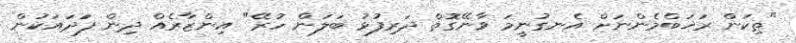
"ތިކަން ރަޚަބްމެންނަށް އެނގުނީމަ ވާނޭގޮތް ދަރިފުޅު ބަލަން ހުރޭ" އިންޒާރެއް ދިން ފަދައަކުން